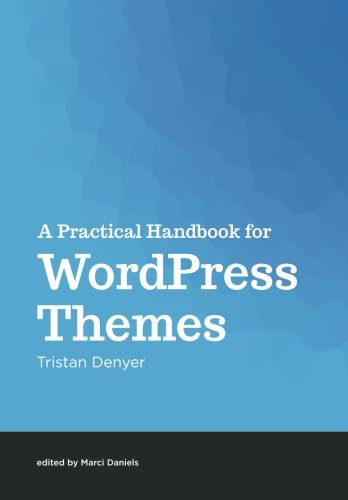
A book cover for A Practical Handbook for WordPress Themes; Tristan Denyer; Computers & Technology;